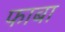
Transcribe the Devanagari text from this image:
फाबा